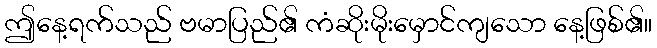
ဤနေ့ရက်သည် ဗမာပြည်၏ ကံဆိုးမိုးမှောင်ကျသော နေ့ဖြစ်၏။